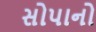
સોપાનો